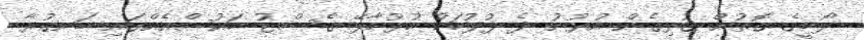
ލޯބީގެ ގޮތުން ގުޅިގެން އުޅުނު ދެ ފުލުހަކު ހުޅުމާލޭ ގެސްޓު ހައުސްއެއްގައި ބަނގުރާ